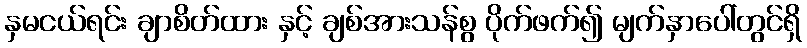
နှမငယ်ရင်း ချာစိတ်ထား နှင့် ချစ်အားသန်စွ ပိုက်ဖက်၍ မျက်နှာပေါ်တွင်ရှိ